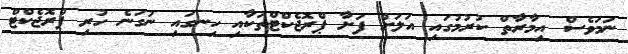
ނަމަވެސް އިމާރާތް ކުރުމުގައި އަލަށް ފަށާ ޕްރޮޖެކްޓްތަކާއި ހިނގައި ނުގަނެ ހުރި ޕްރޮޖެކްޓް